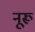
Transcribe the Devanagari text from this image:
नूरू